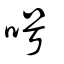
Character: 呺